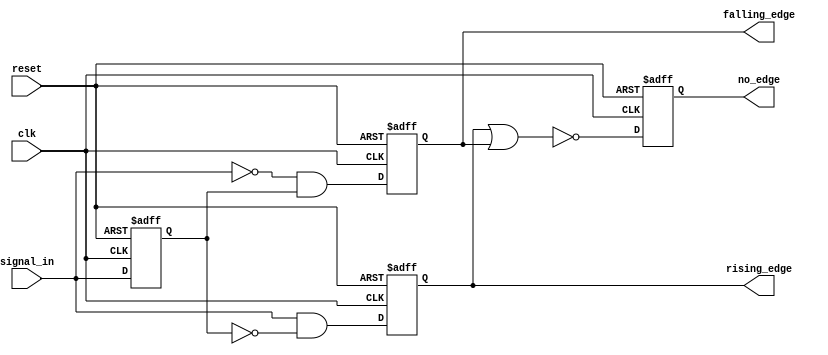
module edge_detector (
    input wire clk,              // Clock input
    input wire reset,            // Reset input
    input wire signal_in,        // Input signal to be monitored
    output reg rising_edge,      // Rising edge output
    output reg falling_edge,     // Falling edge output
    output reg no_edge           // No edge output
);

    // Memory block to store the previous state of the input signal
    reg previous_state;

    // Always block for edge detection logic
    always @(posedge clk or posedge reset) begin
        if (reset) begin
            // Reset logic
            previous_state <= 1'b0; // Initialize previous state to low
            rising_edge <= 1'b0;
            falling_edge <= 1'b0;
            no_edge <= 1'b1; // Initially, there is no edge
        end else begin
            // Edge detection logic
            rising_edge <= (signal_in == 1'b1 && previous_state == 1'b0);
            falling_edge <= (signal_in == 1'b0 && previous_state == 1'b1);
            no_edge <= ~(rising_edge | falling_edge); // Assert no_edge if neither edge is detected
            
            // Update the previous state
            previous_state <= signal_in;
        end
    end

endmodule